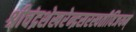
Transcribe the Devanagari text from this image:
श्रीचंद्रशेखरेन्द्रसरस्वतीविजयम्